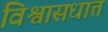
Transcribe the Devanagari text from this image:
विश्वासधात्त